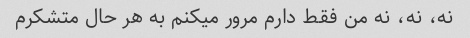
نه، نه، نه من فقط دارم مرور میکنم به هر حال متشکرم